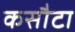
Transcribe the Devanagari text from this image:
कसौटा